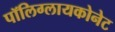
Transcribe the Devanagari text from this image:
पॉलिग्लायकोनेट